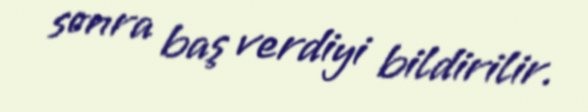
sonra baş verdiyi bildirilir.